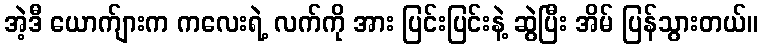
အဲ့ဒီ ယောက်ျားက ကလေးရဲ့ လက်ကို အား ပြင်းပြင်းနဲ့ ဆွဲပြီး အိမ် ပြန်သွားတယ်။